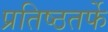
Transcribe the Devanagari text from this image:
प्रतिष्ठतर्फे